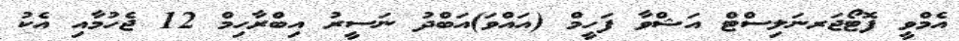
އެމްވީ ފޮޓޯޖަރނަލިސްޓް އަޝްވާ ފަހީމް (އައްވަ)އަބްދު ނަސީރު އިބްރާހިމް 12 ޖެހުމާއި އެކު